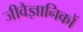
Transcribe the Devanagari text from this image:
जीवैज्ञानिकों